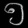
Digit: ၅